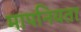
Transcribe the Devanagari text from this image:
मापनियता